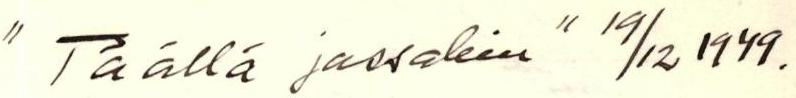
"Täällä jossakin" 19/12 1949.